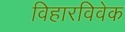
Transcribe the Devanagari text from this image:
विहारविवेक